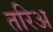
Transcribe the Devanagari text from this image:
तरिअ